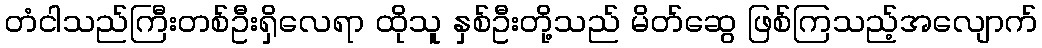
တံငါသည်ကြီးတစ်ဦးရှိလေရာ ထိုသူ နှစ်ဦးတို့သည် မိတ်ဆွေ ဖြစ်ကြသည့်အလျောက်